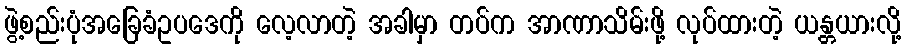
ဖွဲ့စည်းပုံအခြေခံဥပဒေကို လေ့လာတဲ့ အခါမှာ တပ်က အာဏာသိမ်းဖို့ လုပ်ထားတဲ့ ယန္တယားလို့